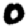
Digit: 0